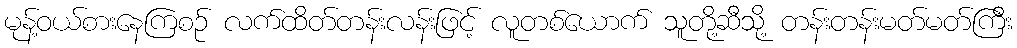
မုန့်ဝယ်စားနေကြစဉ် လက်ထိတ်တန်းလန်းဖြင့် လူတစ်ယောက် သူတို့ဆီသို့ တန်းတန်းမတ်မတ်ကြီး